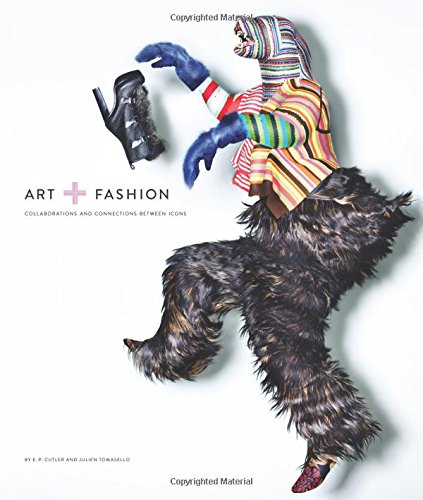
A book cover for Art and Fashion: Collaborations and Connections Between Icons; E.P. Cutler; Health, Fitness & Dieting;